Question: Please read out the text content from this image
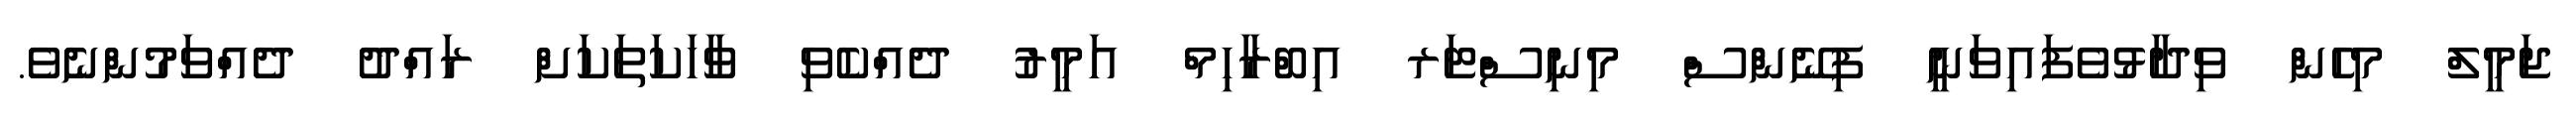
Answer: ޖަމީލް މިހެން ވިދާޅުވެފައިވަނީ ފިނޭންސް މިނިސްޓަރ އިބްރާހިމް އަމީރު ދެއްކެވި ވާހަކަތަކަށް ރައްދު ދެއްވަމުންނެވެ.